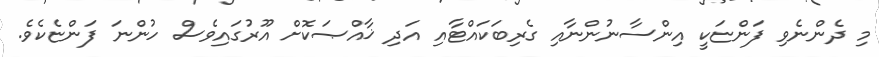
މި ދެންނެވި ފަންޏަކީ އިންސާނުންނާއި ގެރިބަކައްޓާއި އަދި ޚާއްޞަކޮށް އޫރުގައިވެސް ހުންނަ ފަންޏެކެވެ.